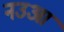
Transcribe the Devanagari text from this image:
नउआ